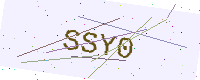
Text: SSY0